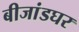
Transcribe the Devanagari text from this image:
बीजांडघर